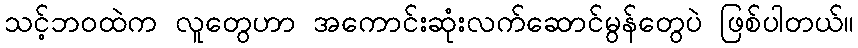
သင့်ဘဝထဲက လူတွေဟာ အကောင်းဆုံးလက်ဆောင်မွန်တွေပဲ ဖြစ်ပါတယ်။